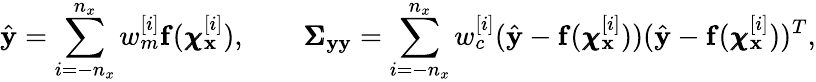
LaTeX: \hat{\mathbf{y}}=\sum_{i=-n_{x}}^{n_{x}}w_{m}^{[i]}\mathbf{f}(\pmb{\chi}_{\mathbf{x}}^{[i]}),\quad\quad\pmb{\Sigma}_{\mathbf{y}\mathbf{y}}=\sum_{i=-n_{x}}^{n_{x}}w_{c}^{[i]}(\hat{\mathbf{y}}-\mathbf{f}(\pmb{\chi}_{\mathbf{x}}^{[i]}))(\hat{\mathbf{y}}-\mathbf{f}(\pmb{\chi}_{\mathbf{x}}^{[i]}))^{T},